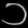
Digit: ၁